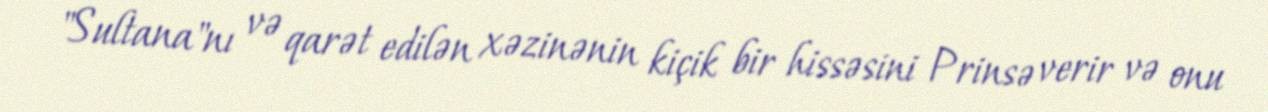
"Sultana"nı və qarət edilən xəzinənin kiçik bir hissəsini Prinsə verir və onu